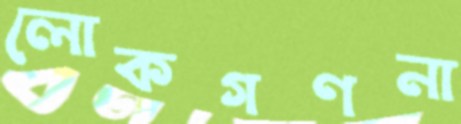
লোকগণনা